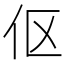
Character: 伛